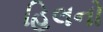
હિલનો